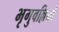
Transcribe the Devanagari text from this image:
भृगुवल्लियों